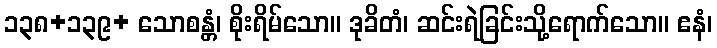
၁၃၈+၁၃၉+ သောစန္တံ၊ စိုးရိမ်သော။ ဒုခိတံ၊ ဆင်းရဲခြင်းသို့ရောက်သော။ ဧနံ၊